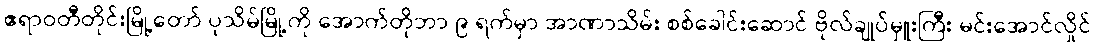
ဧရာဝတီတိုင်းမြို့တော် ပုသိမ်မြို့ကို အောက်တိုဘာ ၉ ရက်မှာ အာဏာသိမ်း စစ်ခေါင်းဆောင် ဗိုလ်ချုပ်မှူးကြီး မင်းအောင်လှိုင်